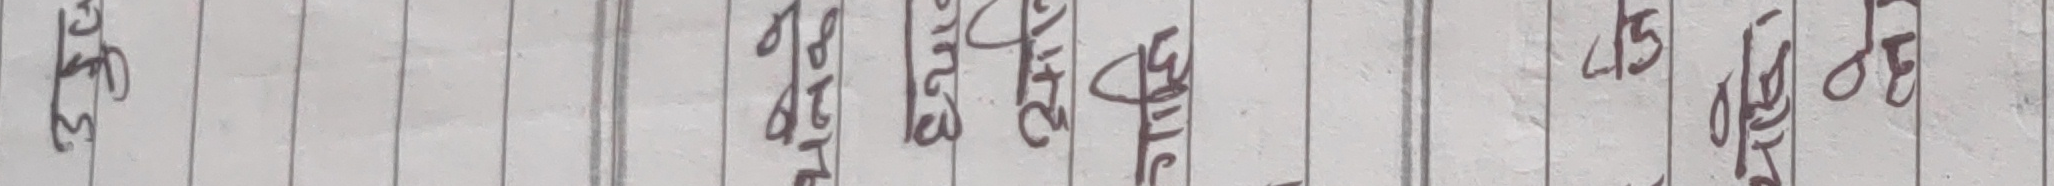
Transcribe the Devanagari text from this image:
३१
७८३
४२९
३५४
५७१